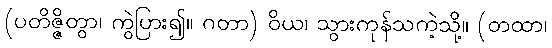
(ပတိဇ္ဇိတွာ၊ ကွဲပြား၍။ ဂတာ) ဝိယ၊ သွားကုန်သကဲ့သို့။ (တထာ၊